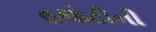
હથોટીની